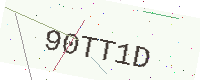
Text: 90TT1D